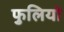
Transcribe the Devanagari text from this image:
फुलियो